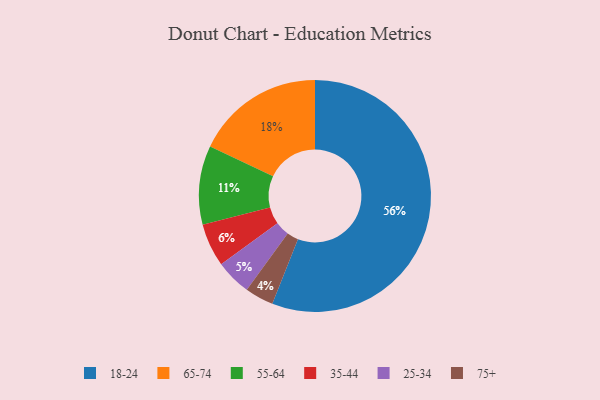
{"axis": {"x": "Category", "y": "Percentage"}, "legend": ["18-24", "25-34", "35-44", "55-64", "65-74", "75+"], "data": [{"x": "35-44", "y": 6, "type": "35-44"}, {"x": "55-64", "y": 11, "type": "55-64"}, {"x": "75+", "y": 4, "type": "75+"}, {"x": "25-34", "y": 5, "type": "25-34"}, {"x": "65-74", "y": 18, "type": "65-74"}, {"x": "18-24", "y": 56, "type": "18-24"}]}